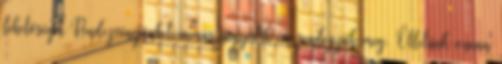
lehetőséget Rendezvényünket immár negyedik éve rendezzük meg. Ötletünk onnan